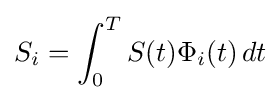
S_{i}=\int _{0}^{T}S(t)\Phi _{i}(t)\,dt